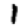
Digit: 1